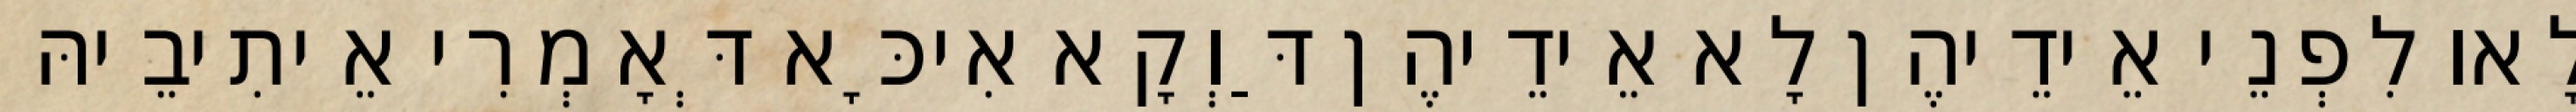
לָאו לִפְנֵי אֵידֵיהֶן לָא אֵידֵיהֶן דַּוְקָא אִיכָּא דְּאָמְרִי אֵיתִיבֵיהּ